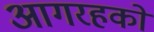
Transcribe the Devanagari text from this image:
आगरहको